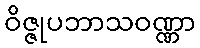
ဝိဇ္ဇုပဘာသဝဏ္ဏာ